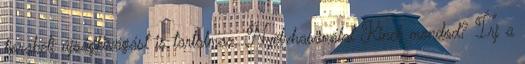
korabeli újságkivágást is tartalmaz. Nyelvhasználat Kinek mondod? Írj a